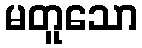
မတူသော